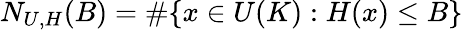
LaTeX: N_{U,H}(B)=\# \{ x\in U(K):H(x)\leq B\}